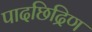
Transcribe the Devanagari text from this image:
पादछिद्रिण